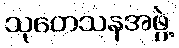
သုတေသနအဖွဲ့